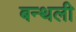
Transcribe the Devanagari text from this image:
बन्थली